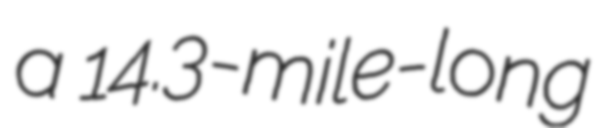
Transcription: a 14.3-mile-long